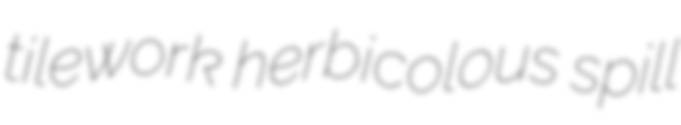
tilework herbicolous spill